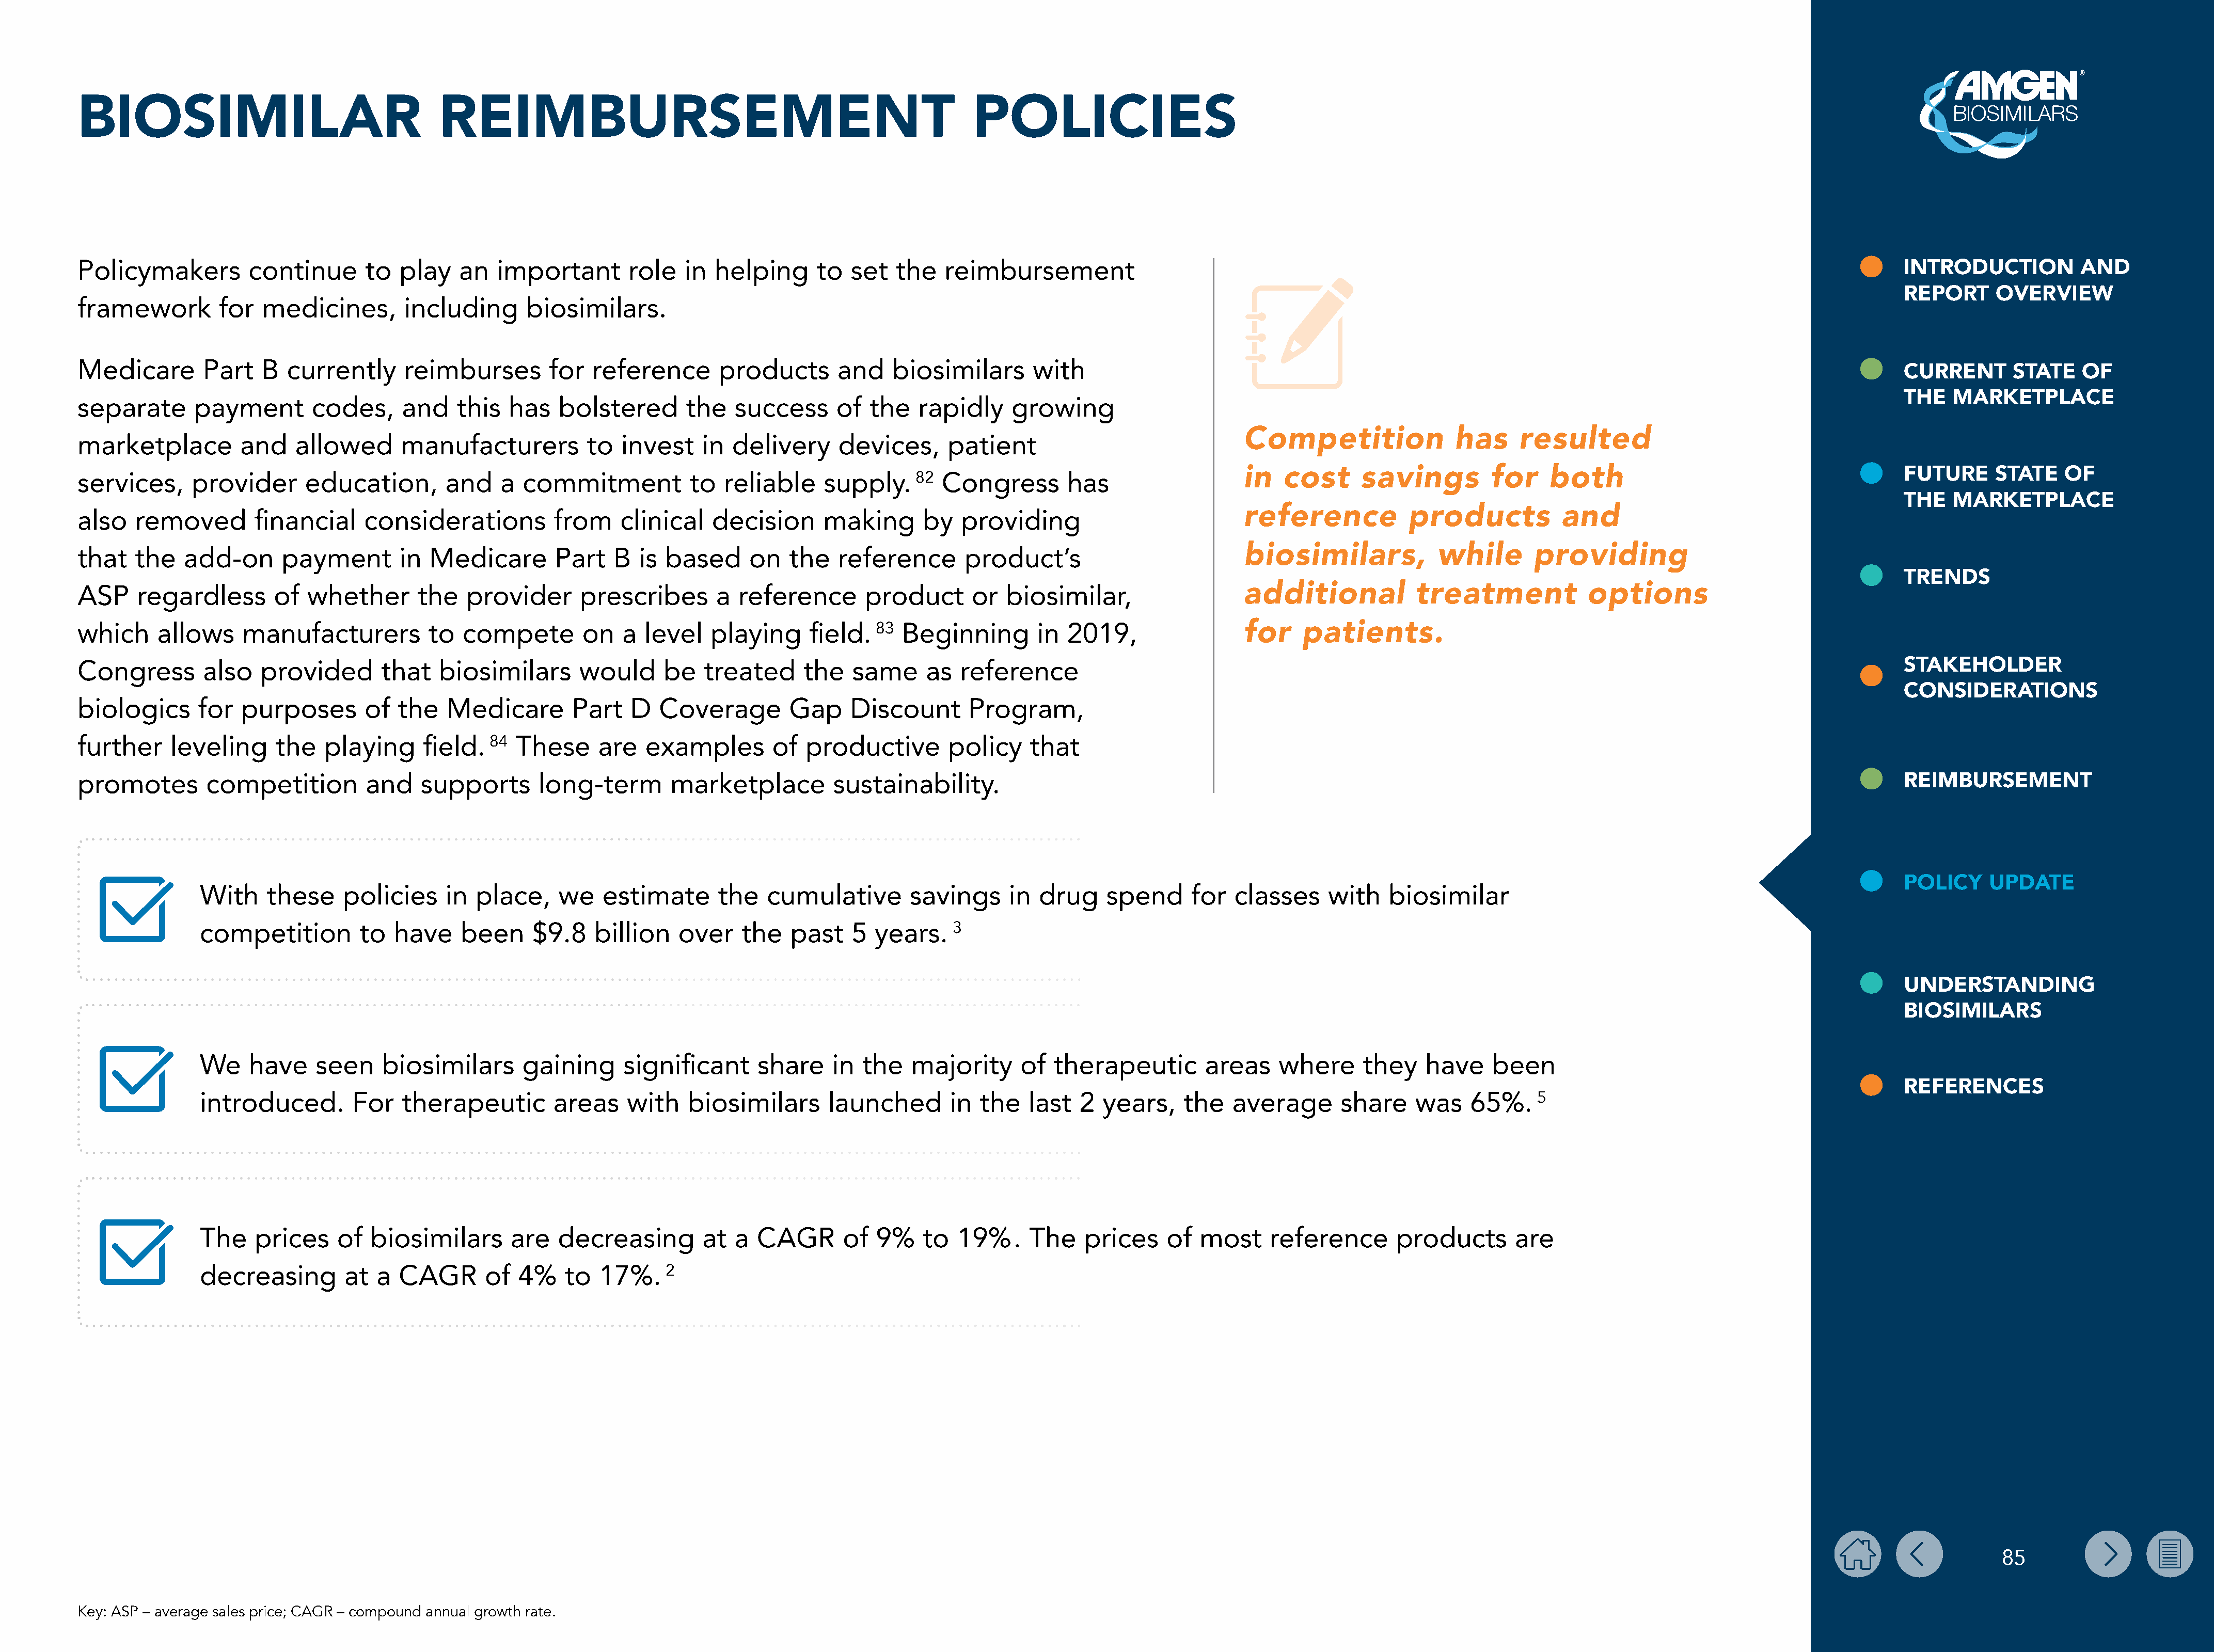
BIOSIMILAR                                    REIMBURSEMENT                                                        POLICIES
 Policymakers          continue       to  play    an   important        role   in  helping      to  set   the   reimbursement                                                                                                              INTRODUCTION           AND
 REPORT      OVERVIEW
 framework         for   medicines,        including      biosimilars.
 Medicare        Part    B  currently      reimburses        for   reference       products       and    biosimilars       with
 CURRENT       STATE    OF
 THE   MARKETPLACE
 separate       payment        codes,      and    this  has    bolstered       the   success      of  the    rapidly     growing
 Competition                has      resulted
 marketplace          and    allowed      manufacturers           to   invest    in  delivery     devices,      patient
 services,      provider      education,        and    a  commitment           to   reliable     supply.    82  Congress        has                   in   cost      savings          for     both                                         FUTURE      STATE    OF
 THE   MARKETPLACE
 reference            products            and
 also   removed         financial     considerations          from     clinical   decision       making      by   providing
 that   the    add-on      payment        in  Medicare        Part    B  is based      on   the   reference        product’s                          biosimilars,             while        providing
 TRENDS
 ASP     regardless       of  whether        the   provider      prescribes        a  reference       product       or  biosimilar,                   additional            treatment             options
 which     allows     manufacturers           to  compete         on   a  level   playing      field.  83  Beginning        in  2019,                 for     patients.
 STAKEHOLDER
 Congress        also   provided        that   biosimilars       would      be   treated      the   same      as  reference
 CONSIDERATIONS
 biologics      for   purposes        of  the   Medicare        Part    D  Coverage         Gap     Discount       Program,
 further     leveling     the    playing     field.   84 These      are   examples        of  productive         policy    that
 promotes        competition          and    supports       long-term        marketplace          sustainability.                                                                                                                          REIMBURSEMENT
 POLICY     UPDATE
 With    these     policies     in  place,     we   estimate       the   cumulative         savings     in  drug     spend      for  classes     with    biosimilar
 competition         to  have     been     $9.8    billion    over    the   past    5  years.    3
 UNDERSTANDING
 BIOSIMILARS
 We    have    seen     biosimilars       gaining      significant      share     in  the   majority      of  therapeutic        areas     where      they    have    been
 REFERENCES
 introduced.        For    therapeutic        areas    with    biosimilars       launched        in  the   last  2  years,     the   average       share    was    65%.     5
 The    prices    of  biosimilars       are    decreasing        at  a  CAGR       of  9%    to   19%.     The    prices     of  most     reference       products       are
 decreasing        at  a  CAGR       of  4%    to   17%.    2
 85
 Key: ASP – average sales price; CAGR – compound annual growth rate.